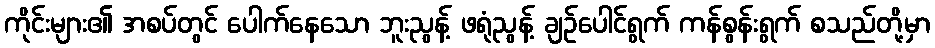
ကိုင်းများ၏ အစပ်တွင် ပေါက်နေသော ဘူးညွန့် ဖရုံညွန့် ချဉ်ပေါင်ရွက် ကန်စွန်းရွက် စသည်တို့မှာ